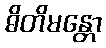
ဓိတိမန္တော